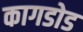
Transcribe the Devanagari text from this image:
कागडोड